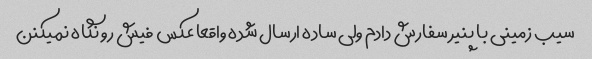
سیب زمینی با پنیر سفارش دادم ولی ساده ارسال شده واقعا عکس فیش رو نگاه نمیکنن